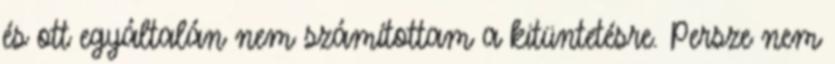
és ott egyáltalán nem számítottam a kitüntetésre. Persze nem